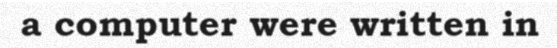
a computer were written in